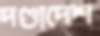
দণ্ডাদেশ